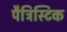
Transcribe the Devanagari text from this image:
पैट्रिस्टिक